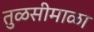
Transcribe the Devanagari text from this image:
तुळसीमाळा